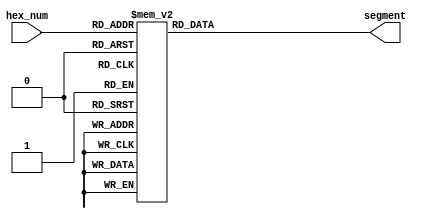
module hex_display_decoder(
    input[3:0] hex_num,
    output reg[6:0] segment
);
    always @(*) begin
        casex (hex_num)
            4'b0000: segment = 7'b100_0000;  //zero
            4'b0001: segment = 7'b1111_001;  //one
            4'b0010: segment = 7'b010_0100;  //two
            4'b0011: segment = 7'b011_0000;  //three
            4'b0100: segment = 7'b001_1001;  //four
            4'b0101: segment = 7'b001_0010;  //five
            4'b0110: segment = 7'b000_0010;  //six
            4'b0111: segment = 7'b111_1000;  //seven
            4'b1000: segment = 7'b000_0000;  //eight
            4'b1001: segment = 7'b001_0000;  //nine
            4'b1010: segment = 7'b100_1000;  //A
            4'b1011: segment = 7'b000_0011;  //B
            4'b1100: segment = 7'b100_0110;  //C
            4'b1101: segment = 7'b010_0001;  //D
            4'b1110: segment = 7'b000_0110;  //E
            4'b1111: segment = 7'b000_1110;  //F
            default: segment = 7'b111_1111;  //Default
        endcase
    end
endmodule